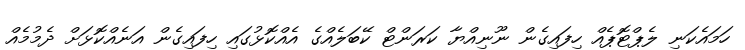
ހަމައެކަނި ލެޕްޓޮޕެއް ހިފައިގެން ނޫނިއްޔާ ކަރަންޓް ކޭބަލެއްގެ އެއްކޮޅުގައި ހިފައިގެން އަނެއްކޮޅަށް ދެމުމެއް